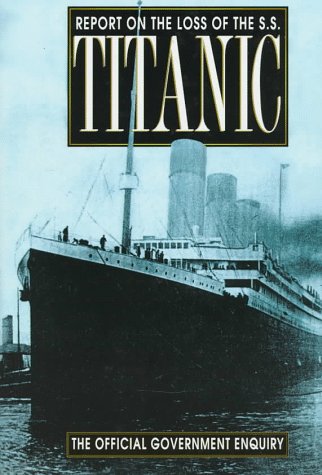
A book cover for Report on the Loss of the S.S. Titanic; British Government; Business & Money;